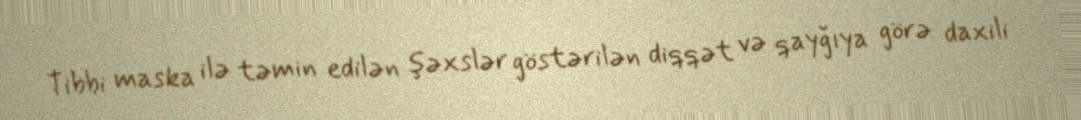
Tibbi maska ilə təmin edilən şəxslər göstərilən diqqət və qayğıya görə daxili